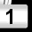
Digit: 1